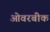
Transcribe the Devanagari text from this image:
ओवरबीक